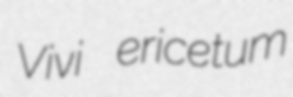
Vivi ericetum